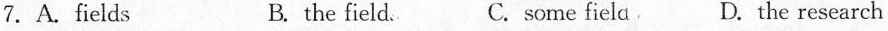
7.A.Fields B. the field. C. some field D. The research